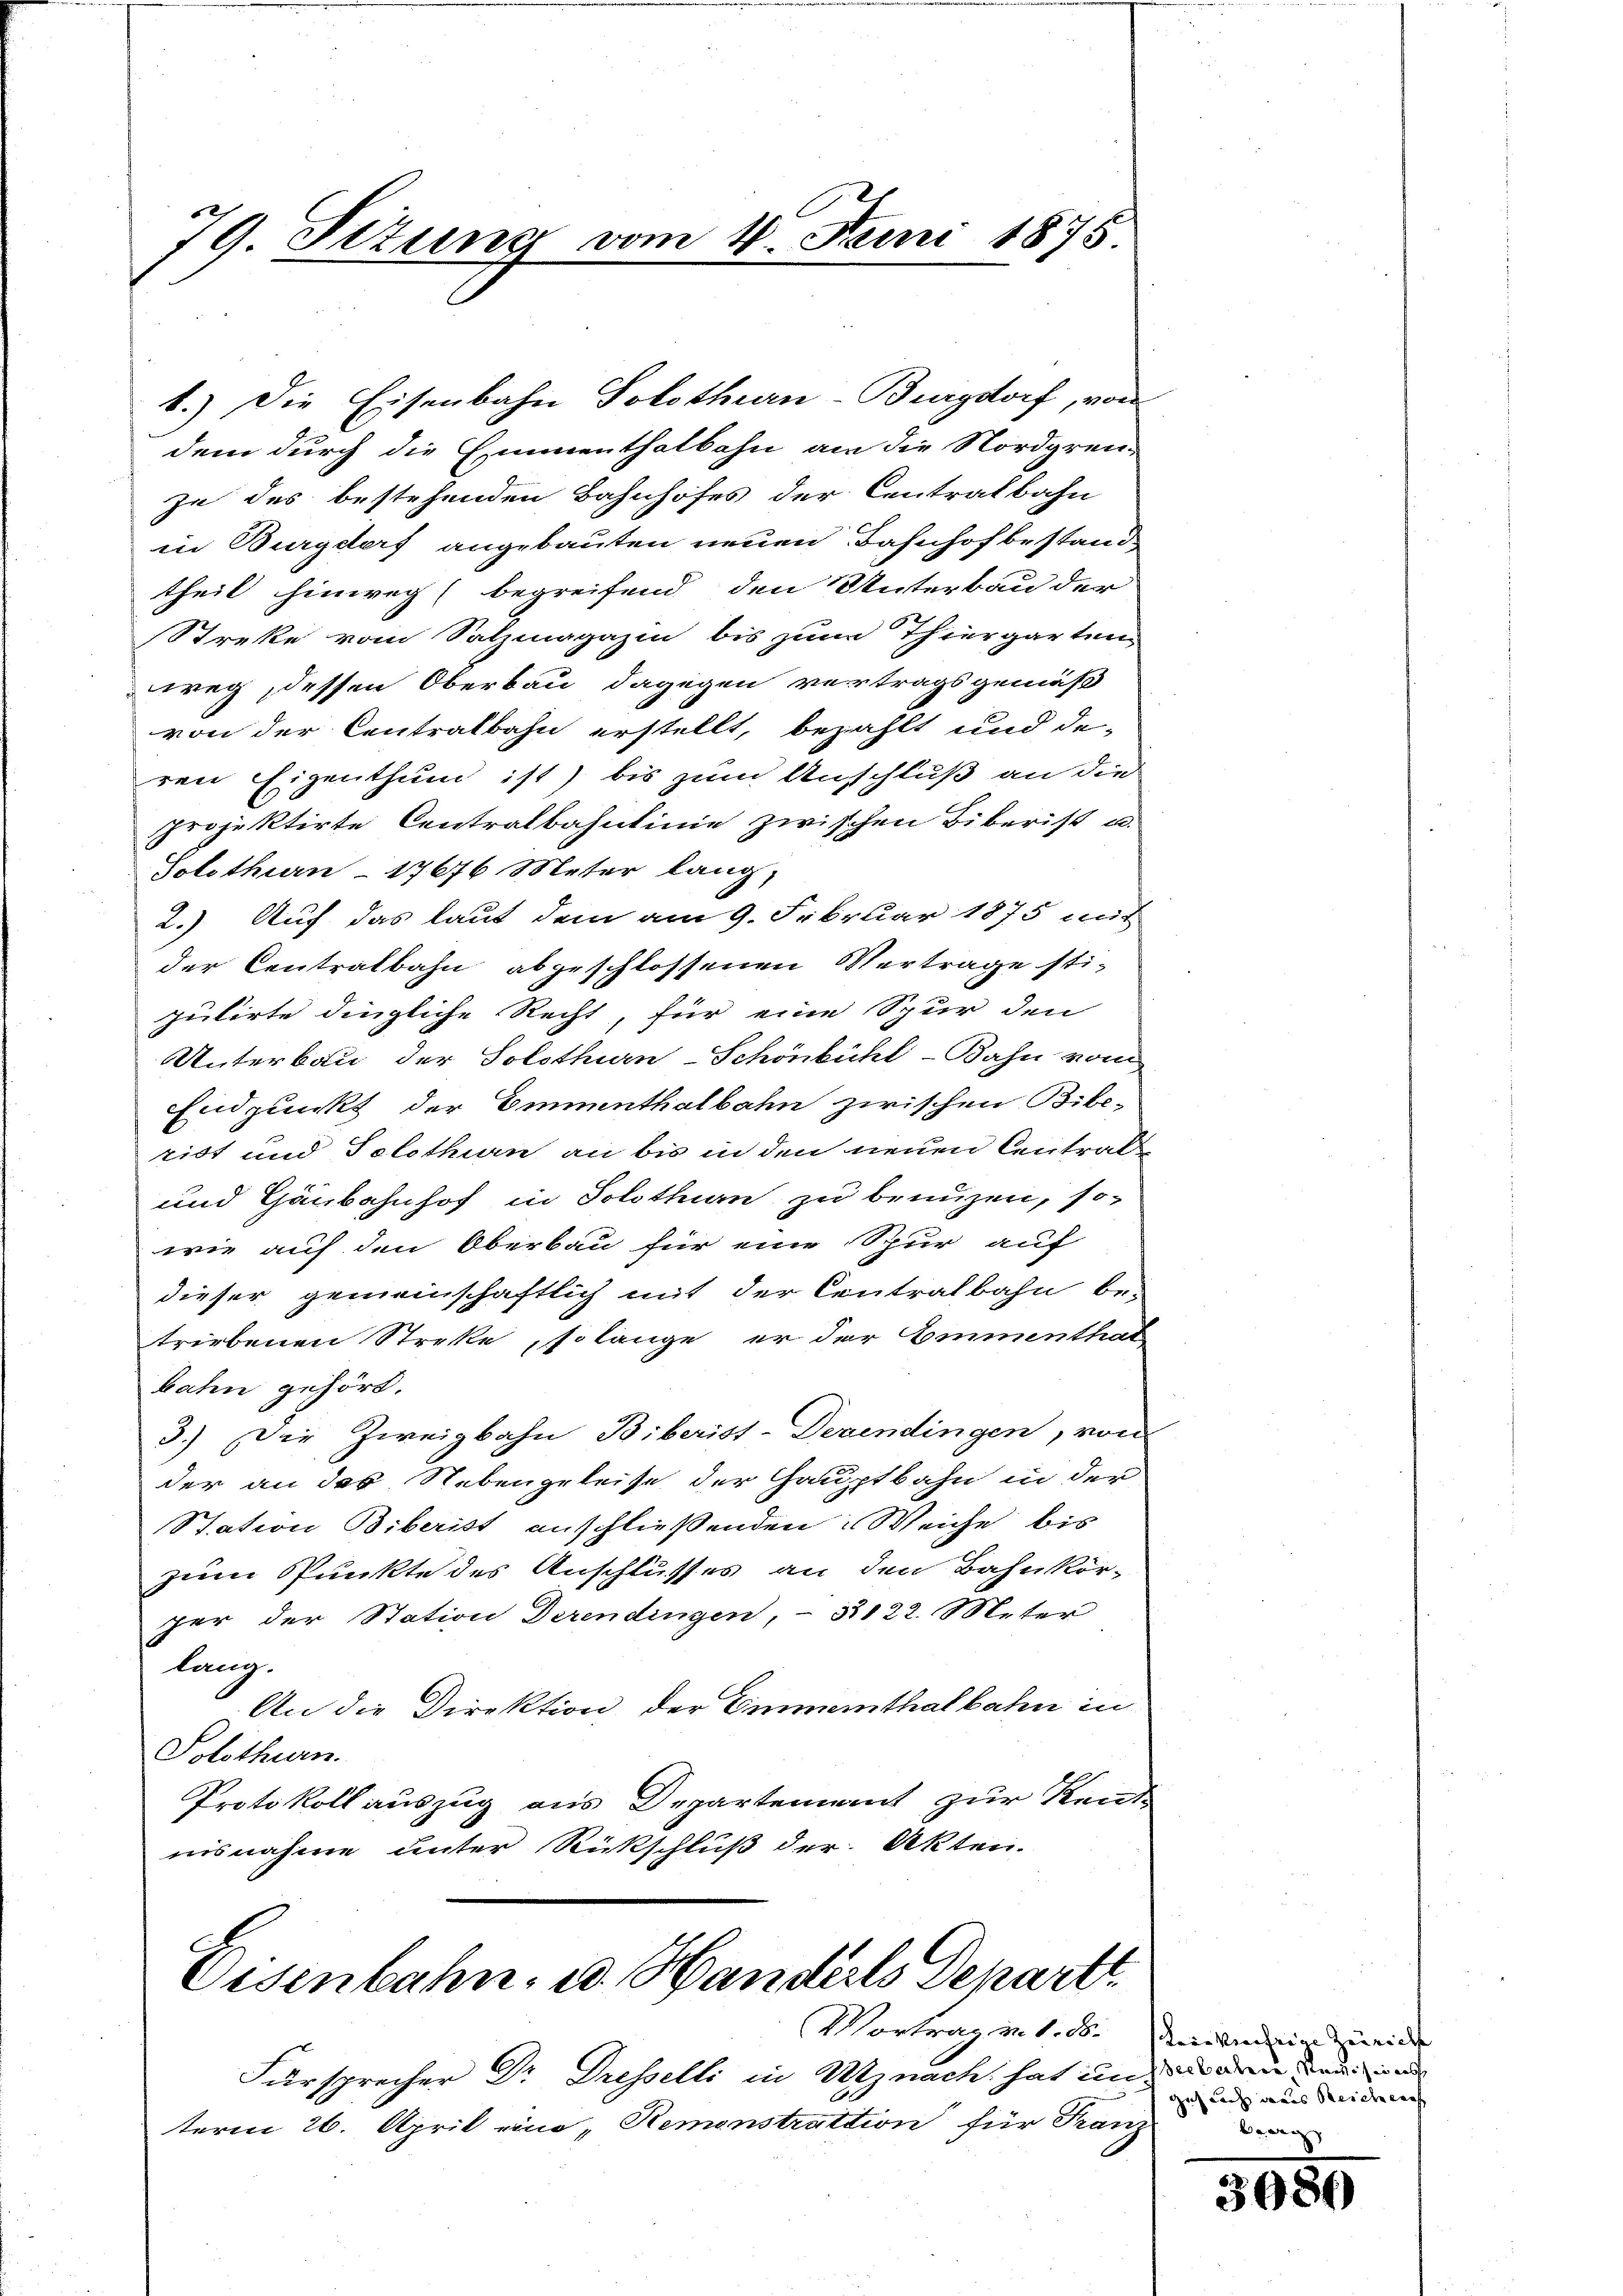
79. Sizung vom 4. Juni 1875.

dem durch die Emmenthalbahn an die Nordgren-
zu des bestehenden Bahnhofes der Centralbahn
in Burgdorf angebauten neuen Bahnhofbestand
theil hinweg (begreifend den Unterbau der
Strecke vom Salzmagazin bis zum Thiergarten
weg, dessen Oberbau dagegen vertragsgemäß
von der Centralbahn erstellt, bezahlt und de-
ren Eigenthum ist) bis zum Anschluß an die
Projektirte Centralbahnlinie zwischen Biberist u.
Solothurn 17676 Meter lang,
2.) Auf das laut dem am 9. Februar 1875 mit
der Centralbahn abgeschlossenen Vertrage stiputirte dingliche Recht, für eine Spur den
Unterbau der Solothurn-Schönbühl-Bahn vom
Endpunkt der Emmenthalbahn zwischen Bibe-
tiot und Solothurn an bis in den neuen Centrals
und Gänsbahnhof in Solothurn zu brenzen, so-
wie auf den Oberbau für eine Spur auf
dieser gemeinschaftlich mit der Centralbahn be-
triebenen Streke, so lange er der Emmenthat
bahn gehört.
3.) Die Zweigbahn Biberist-Devendingen, von
der an das Nebengeleise der Hauptbahn in der
Station Biberist anschließenden Weiche bis
zum Punkte des Anschlusses an den Bahnkör-
per der Station derendingen, - 3122. Meter
lang.
An die Direktion der Emmenthalbahn in
Solothurn.
Protokoll auszug aus Departennant zur Kent
nisnahme unter Rückschluß der Akten.

1.) Die Eisenbahn Solothurn-Burgdorf, von

Eisenbahn- u. Handerls Depart
Vortrag v. 1. ds.

Fürsprecher Dr. Dresselli in Uznach hat und das drei der
term 26. April eine „Remonstrattion für Franz

Leie Kreiseine Zeirich |
gus auch das Reichnen
Brag

3989